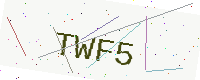
Text: TWF5